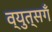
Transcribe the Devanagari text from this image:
व्युत्सगँ